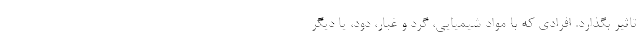
تاثیر بگذارد. افرادی که با مواد شیمیایی، گرد و غبار، دود، یا دیگر